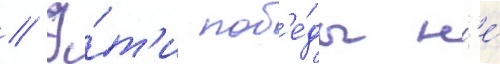
// Э́т'и поб'е́ды н'е́